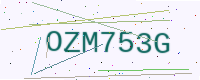
Text: OZM753G